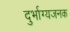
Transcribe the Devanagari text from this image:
दुर्भाग्यजनक